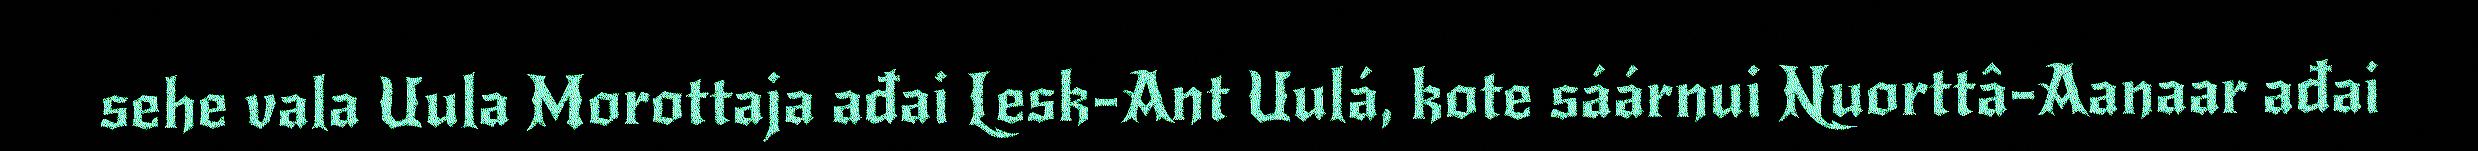
sehe vala Uula Morottaja ađai Lesk-Ant Uulá, kote sáárnui Nuorttâ-Aanaar ađai